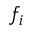
f _ { i }